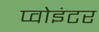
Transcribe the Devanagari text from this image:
प्वोइंटर